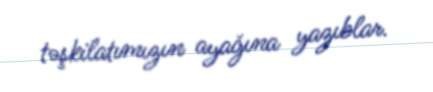
təşkilatımızın ayağına yazıblar.